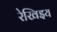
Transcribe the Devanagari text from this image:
रेखिइय